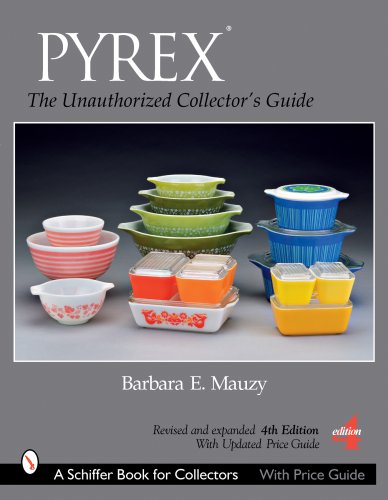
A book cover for Pyrex: The Unauthorized Collector's Guide (Schiffer Book for Collectors); Barbara Mauzy; Crafts, Hobbies & Home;